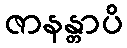
ဇာနန္တာပိ